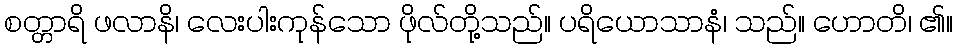
စတ္တာရိ ဖလာနိ၊ လေးပါးကုန်သော ဖိုလ်တို့သည်။ ပရိယောသာနံ၊ သည်။ ဟောတိ၊ ၏။